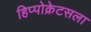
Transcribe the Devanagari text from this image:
हिप्पोक्रेटसला